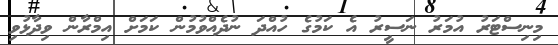
މިނިސްޓަރު އުމަރު ނަސީރު އެ ކަމުގެ ހުއްދަ ނުދެއްވުމުން ކަމަށް އިމްރާން ވިދާޅުވި